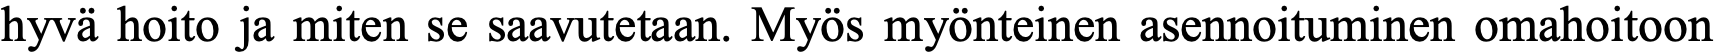
hyvä hoito ja miten se saavutetaan. Myös myönteinen asennoituminen omahoitoon